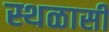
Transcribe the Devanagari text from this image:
स्थळासी